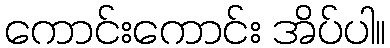
ကောင်းကောင်း အိပ်ပါ။